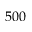
5 0 0